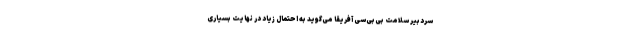
سردبیر سلامت بی‌بی‌سی آفریقا می‌گوید به احتمال زیاد در نهایت بسیاری